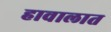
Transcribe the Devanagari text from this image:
हावालात